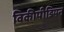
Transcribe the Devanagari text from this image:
विकीपीडियन